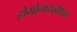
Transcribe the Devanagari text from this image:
होमोनायझेशन